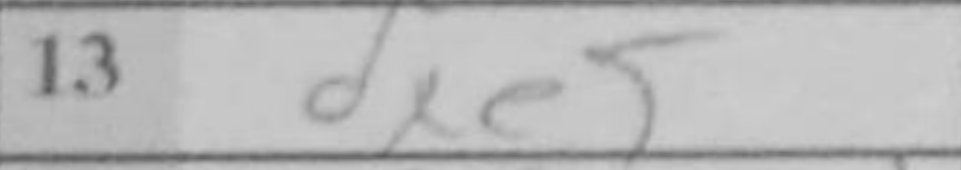
Transcription: dxe5